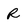
Character: R